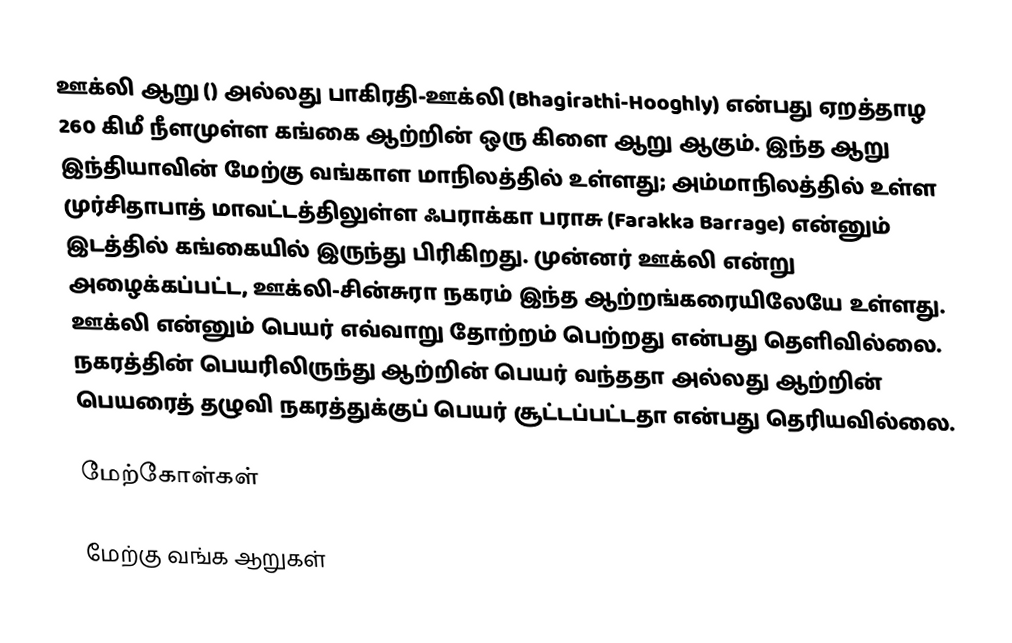
ஊக்லி ஆறு () அல்லது பாகிரதி-ஊக்லி (Bhagirathi-Hooghly) என்பது ஏறத்தாழ 260 கிமீ நீளமுள்ள கங்கை ஆற்றின் ஒரு கிளை ஆறு ஆகும். இந்த ஆறு இந்தியாவின் மேற்கு வங்காள மாநிலத்தில் உள்ளது; அம்மாநிலத்தில் உள்ள முர்சிதாபாத் மாவட்டத்திலுள்ள ஃபராக்கா பராசு (Farakka Barrage) என்னும் இடத்தில் கங்கையில் இருந்து பிரிகிறது. முன்னர் ஊக்லி என்று அழைக்கப்பட்ட, ஊக்லி-சின்சுரா நகரம் இந்த ஆற்றங்கரையிலேயே உள்ளது. ஊக்லி என்னும் பெயர் எவ்வாறு தோற்றம் பெற்றது என்பது தெளிவில்லை. நகரத்தின் பெயரிலிருந்து ஆற்றின் பெயர் வந்ததா அல்லது ஆற்றின் பெயரைத் தழுவி நகரத்துக்குப் பெயர் சூட்டப்பட்டதா என்பது தெரியவில்லை.

மேற்கோள்கள்

மேற்கு வங்க ஆறுகள்